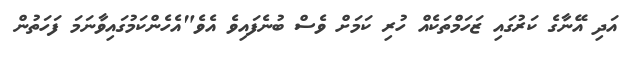
އަދި އޭނާގެ ކަރުގައި ޒަހަމްތަކެއް ހުރި ކަމަށް ވެސް ބުނެފައިވެ އެވެ"އެހެންކަމުގައިވާނަމަ ފަހަތުން